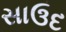
સાઉદ